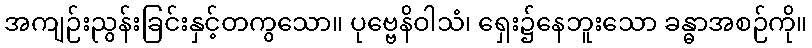
အကျဉ်းညွန်းခြင်းနှင့်တကွသော။ ပုဗ္ဗေနိဝါသံ၊ ရှေး၌နေဘူးသော ခန္ဓာအစဉ်ကို။